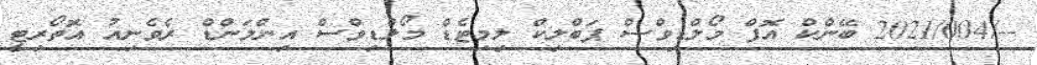
--/2021/004 ބޭންކް އޮފް މޯލްޑިވްސް ޕަބްލިކް ލިމިޓެޑް މޯލްޑިވްސް އިންލަންޑް ރެވެނިއު އޮތޯރިޓީ